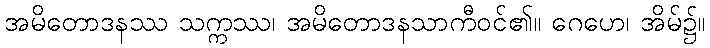
အမိတောဒနဿ သက္ကဿ၊ အမိတောဒနသာကီဝင်၏။ ဂေဟေ၊ အိမ်၌။